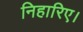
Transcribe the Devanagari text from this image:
निहारिए।